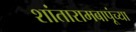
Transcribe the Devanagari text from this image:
शांतारामबापूंच्या